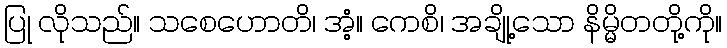
ပြု လိုသည်။ သစေဟောတိ၊ အံ့။ ကေစိ၊ အချို့သော နိမ္မိတတို့ကို။